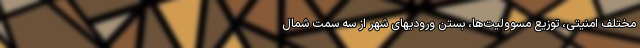
مختلف امنیتی، توزیع مسوولیت‌ها، بستن ورودیهای شهر از سه سمت شمال